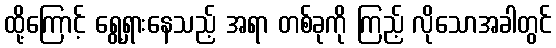
ထို့ကြောင့် ရွေ့ရှားနေသည့် အရာ တစ်ခုကို ကြည့် လိုသောအခါတွင်